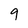
Character: 9